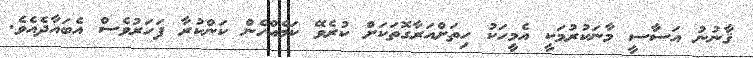
ޤާނުނު އަސާސީ މާނަކުރުމަކީ އެމީހަކު ހިތަށްއަރާގޮތަކަށް ކުރެވޭ ކަމެއްހެން ކަންކުރާ ފަހަރުވެސް އެބައާދެއެވެ.